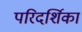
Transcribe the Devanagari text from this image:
परिदर्शिका